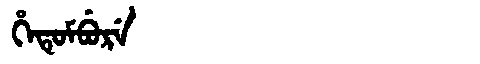
Manchu: ᡥᡝᡨᡠᠮᠪᡠᡵᡝ
Romanization: HETUMBURE